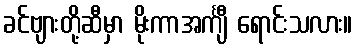
ခင်ဗျားတို့ဆီမှာ မိုးကာအင်္ကျီ ရောင်းသလား။